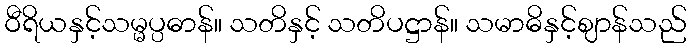
ဝီရိယနှင့်သမ္မပ္ပဓာန်။ သတိနှင့် သတိပဋ္ဌာန်။ သမာဓိနှင့်ဈာန်သည်